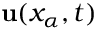
{ \bf u } ( x _ { \alpha } , t )